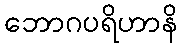
ဘောဂပရိဟာနိ